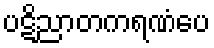
ပဋိညာတကရဏံပေ